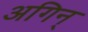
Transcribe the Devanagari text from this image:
अगिन्